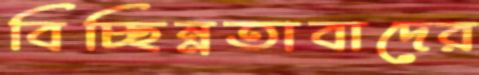
বিচ্ছিন্নতাবাদের